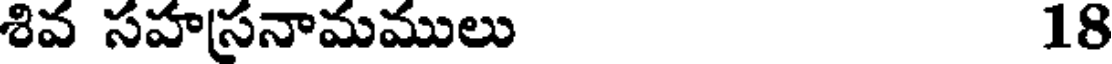
శివ సహస్రనామములు 18